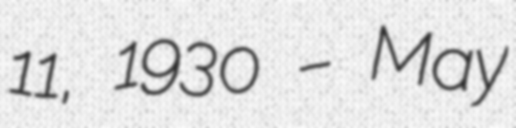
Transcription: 11, 1930 – May